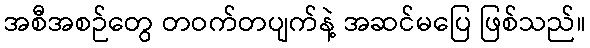
အစီအစဉ်တွေ တဝက်တပျက်နဲ့ အဆင်မပြေ ဖြစ်သည်။